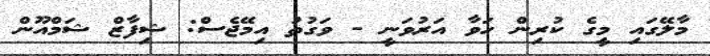
މާލޭގައި މީގެ ކުރިން ހަވާ އަރުވަނީ - ވަގުތު އިމޭޖެސް: ޝިފާޒް ޝަމްއޫން